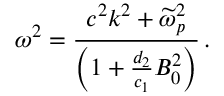
\omega ^ { 2 } = \frac { c ^ { 2 } k ^ { 2 } + \widetilde { \omega } _ { p } ^ { 2 } } { \left( 1 + \frac { d _ { 2 } } { c _ { 1 } } B _ { 0 } ^ { 2 } \right) } \, .